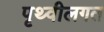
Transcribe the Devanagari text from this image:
पृथ्वीलगत